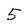
Character: 5